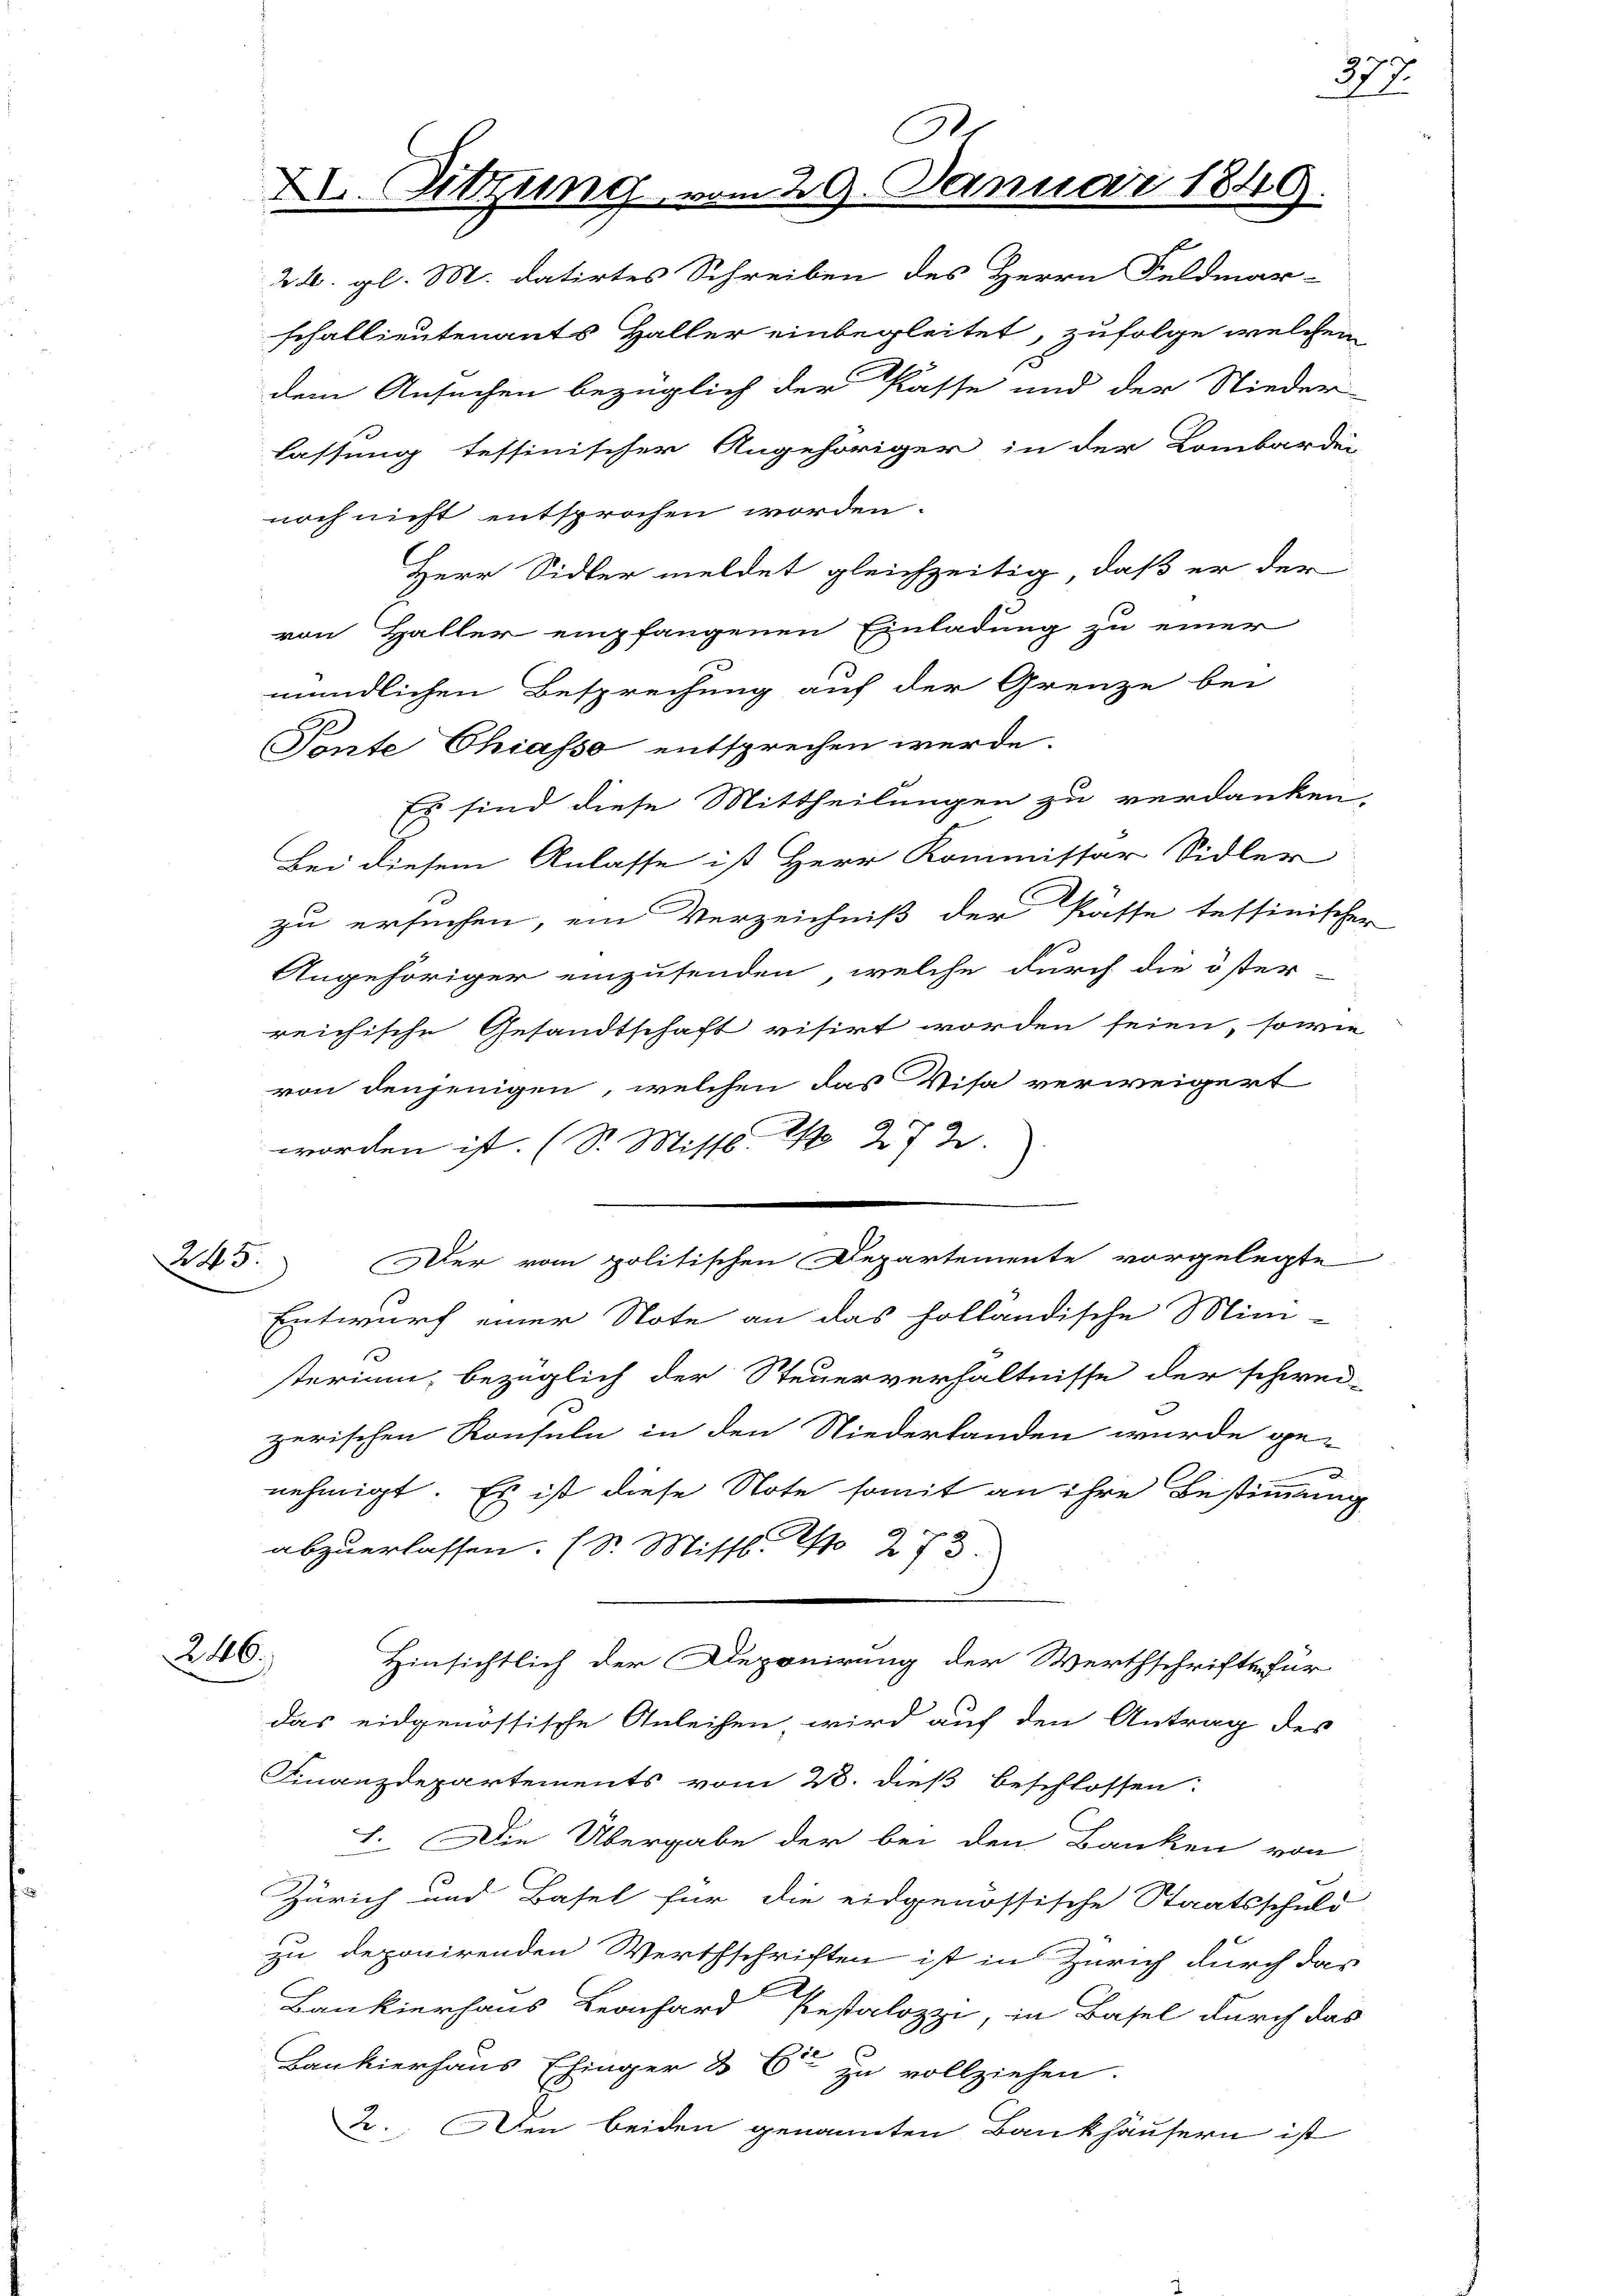
24. 5.

e
26. gl. M. datirtes Schreiben des Herrn Feldmar-
schallieutenants Haller einbegleitet, zufolge welchem
dem Ansuchen bezüglich der Kasse und der Nieder
lassung tessinischer Angehöriger in der Lombardei
noch nicht entsprochen worden.
Herr Sidler meldet gleichzeitig, daß er der
von Haller empfangenen Einladung zu einer
mündlichen Besprechung auf der Grenze bei
Tonte Chiasso entsprechen werde.
Es sind diese Mittheilungen zu verdanken.
Bei diesem Anlasse ist Herr Kommissar Sidler
zu ersuchen, ein Verzeichniß der Pässe tessinischer
Angehöriger einzusenden, welche durch die öster-
reichische Gesandtschaft visirt worden seien, sowie
von denjenigen, welchen das Visa verweigert
worden ist. (S. Misst. No 272.
Der vom politischen Departemente vorgelegte
Entwurf einer Note an das holländische Mini-
sterium, bezüglich der Steuerverhältnisse der schwei-
zerischen Konsuln in den Niederlanden wurde ge-
nehmigt. Es ist diese Note somit an ihre Bestimmung
abzuerlassen. (Dr. Missl. No 273.
246.
Hinsichtlich der Deponirung der Werthschrifte für
das eidgenössische Anleihen, wird auf den Antrag des
Finanzdepartements vom 28. dieß beschlossen:
1. Die Übergabe der bei den Banken von
Zürich und Basel für die eidgenössische Staatsschuld
zu deponirenden Werthschriften ist in Zürich durch das
Bankierhaus Leonhard Pestalozzi, in Basel durch das
s
Bankierhaus Ehinger & 6te zu vollziehen.
2. Den beiden genannten Bankhäusern ist

XI. Sitzun

.
29. Janu

249.

377.